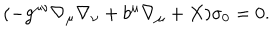
LaTeX: ( - g ^ { \mu \nu } \nabla _ { \mu } \nabla _ { \nu } + b ^ { \mu } \nabla _ { \mu } + X ) \sigma _ { 0 } = 0 .